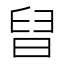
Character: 𣇀